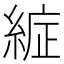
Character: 𮈞